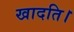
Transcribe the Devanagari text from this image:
खादति।